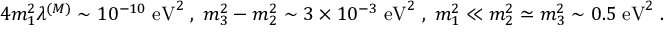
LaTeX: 4 m _ { 1 } ^ { 2 } \lambda ^ { ( M ) } \sim 1 0 ^ { - 1 0 } \; \mathrm { e V } ^ { 2 } \; , \; m _ { 3 } ^ { 2 } - m _ { 2 } ^ { 2 } \sim 3 \times 1 0 ^ { - 3 } \; \mathrm { e V } ^ { 2 } \; , \; m _ { 1 } ^ { 2 } \ll m _ { 2 } ^ { 2 } \simeq m _ { 3 } ^ { 2 } \sim 0 . 5 \; \mathrm { e V } ^ { 2 } \; .